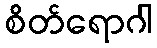
စိတ်ရောဂါ